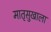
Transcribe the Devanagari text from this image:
मातृसुखाला